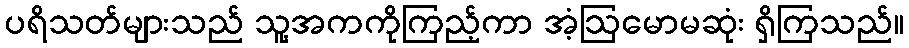
ပရိသတ်များသည် သူ့အကကိုကြည့်ကာ အံ့ဩမောမဆုံး ရှိကြသည်။